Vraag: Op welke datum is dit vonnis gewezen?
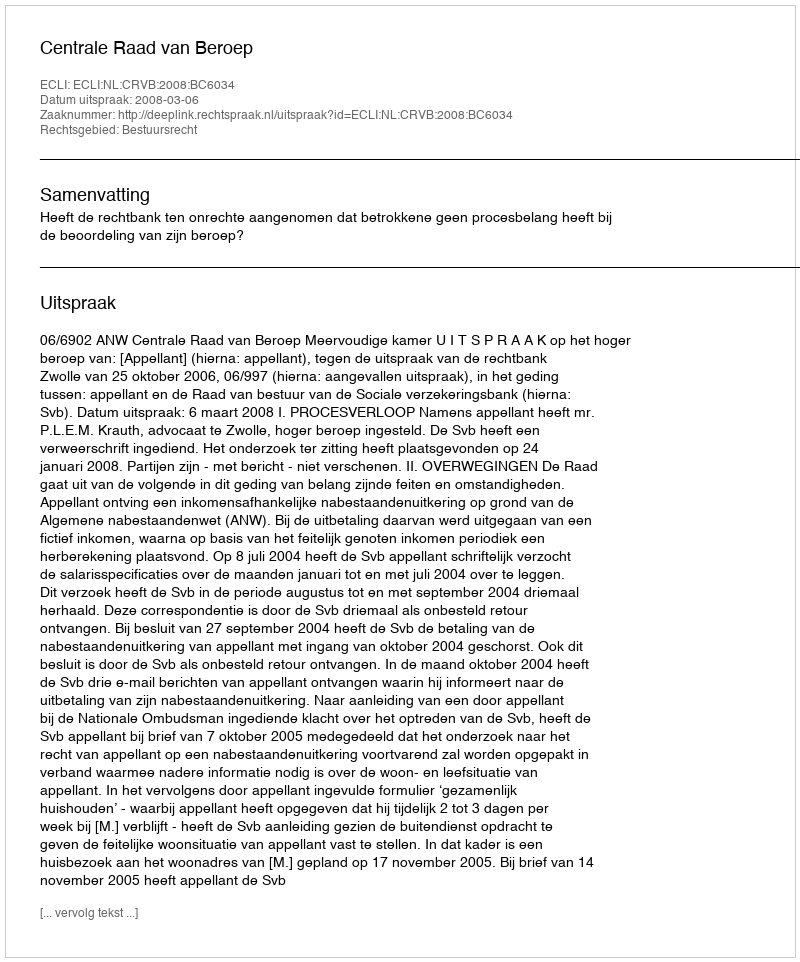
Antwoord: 2008-03-06